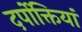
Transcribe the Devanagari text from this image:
दर्पोक्तियां